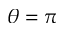
\theta = \pi